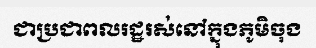
ជាប្រជាពលរដ្ឋរស់នៅក្នុងភូមិចុង